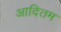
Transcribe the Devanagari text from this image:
आदितम